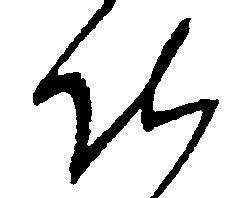
仕